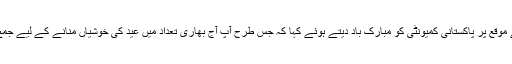
صدر ندیم خان نے عید ملن کے موقع پر پاکستانی کمیونٹی کو مبارک باد دیتے ہوئے کہا کہ جس طرح آپ آج بھاری تعداد میں عید کی خوشیاں منانے کے لیے جمع ہوئے ہیں بہت اچھی بات ہے۔